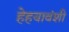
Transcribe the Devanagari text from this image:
हेहयावंशी